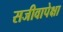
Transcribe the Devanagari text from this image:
सजीवापेक्षा